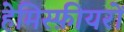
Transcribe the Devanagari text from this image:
हेमिस्फ़ीयरों